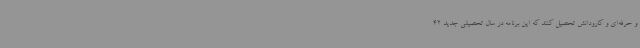
و حرفه‌ای و کارودانش تحصیل کنند که این برنامه در سال تحصیلی جدید 42